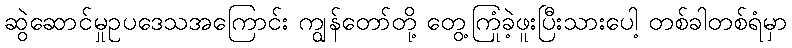
ဆွဲဆောင်မှုဥပဒေသအကြောင်း ကျွန်တော်တို့ တွေ့ကြုံခဲ့ဖူးပြီးသားပေါ့ တစ်ခါတစ်ရံမှာ